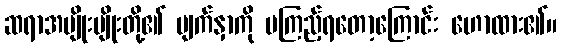
ဆရာအမျိုးမျိုးတို့၏ မျက်နှာကို မကြည့်ရတော့ကြောင်း ဟောထား၏။